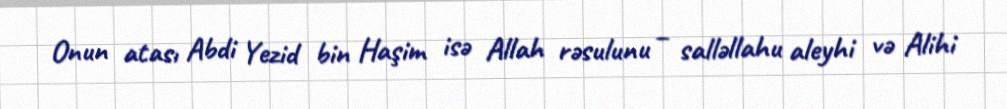
Onun atası Abdi Yezid bin Haşim isə Allah rəsulunu – salləllahu aleyhi və Alihi